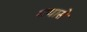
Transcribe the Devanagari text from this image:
गयासे